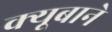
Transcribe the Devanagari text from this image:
क्यूबाने